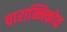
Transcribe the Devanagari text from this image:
वारान्निकोव